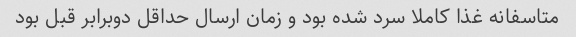
متاسفانه غذا کاملا سرد شده بود و زمان ارسال حداقل دوبرابر قبل بود